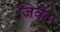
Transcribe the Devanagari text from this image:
जिवेट